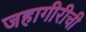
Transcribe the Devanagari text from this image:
जहागीरीची